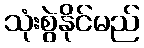
သုံးစွဲနိုင်မည်